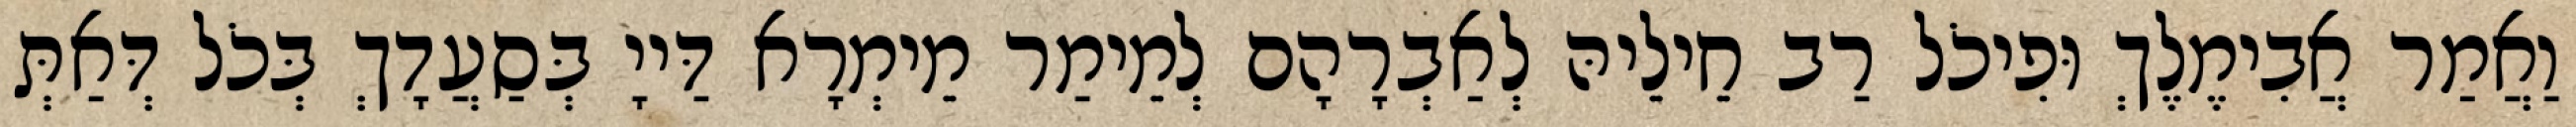
וַאֲמַר אֲבִימֶלֶךְ וּפִיכֹל רַב חֵילֵיהּ לְאַבְרָהָם לְמֵימַר מֵימְרָא דַּייָ בְּסַעֲדָךְ בְּכֹל דְּאַתְּ